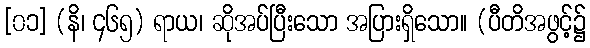
[၀၁] (နိ၊ ၄၆၅) ရာယ၊ ဆိုအပ်ပြီးသော အပြားရှိသော။ (ပီတိအဖွင့်၌